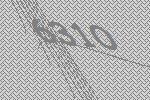
6310